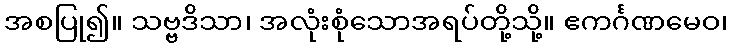
အစပြု၍။ သဗ္ဗဒိသာ၊ အလုံးစုံသောအရပ်တို့သို့။ ဧကင်္ဂဏမေဝ၊